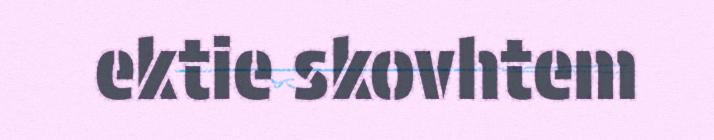
ektie skovhtem